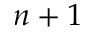
n + 1